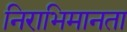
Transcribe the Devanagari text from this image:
निराभिमानता